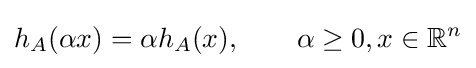
h_{A}(\alpha x)=\alpha h_{A}(x),\qquad \alpha \geq 0,x\in \mathbb {R} ^{n}